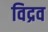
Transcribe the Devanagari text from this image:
विद्रव